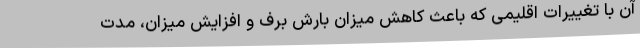
آن با تغییرات اقلیمی که باعث کاهش میزان بارش برف و افزایش میزان، مدت